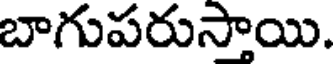
బాగుపరుస్తాయి.